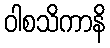
ဝါစသိကာနိ